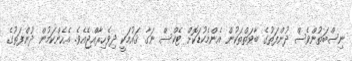
ނިސްބަތުންވެސް ދުންފަތުގެ ބާވަތްތަކުން އެންމެކުޑަކޮށް ޓެކްސް ނަގާ ޤައުމަކީ ދިވެހިރާއްޖެއެވެ. އެހެންކަމުން ދުންފަތުގެ